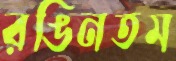
রঙিনতম